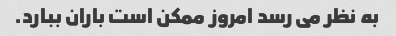
به نظر می رسد امروز ممکن است باران ببارد.